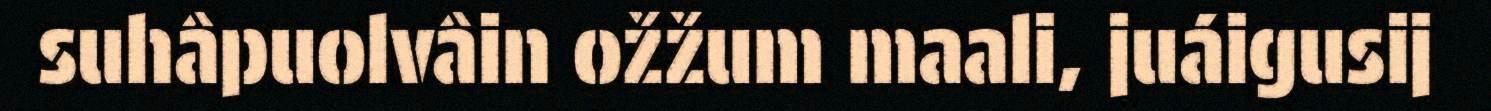
suhâpuolvâin ožžum maali, juáigusij